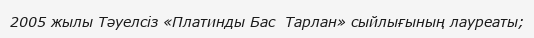
2005 жылы Тәуелсіз «Платинды Бас  Тарлан» сыйлығының лауреаты;